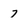
Character: 7